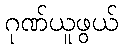
ဂုဏ်ယူဖွယ်